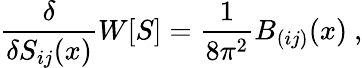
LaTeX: \frac{\delta}{\delta S_{ij}(x)}{W}[S]=\frac{1}{8\pi^{2}}B_{(ij)}(x)~,